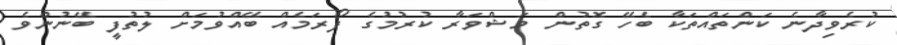
ކުރެވިދާނެ ކަންތައްތަކާ ބެހޭ ގޮތުން މަޝްވަރާ ކުރުމުގެ ފޯރަމެއް ބޭއްވުމަށް ލުތުފީ ބޭނުންވެ